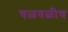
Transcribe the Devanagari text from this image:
चळवळीच